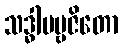
သဒ္ဓါပဗ္ဗဇိတော